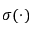
\sigma ( \cdot )